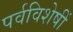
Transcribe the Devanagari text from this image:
पर्वविशेषीं